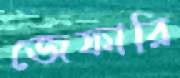
জেফারি